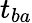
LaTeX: t_{ba}